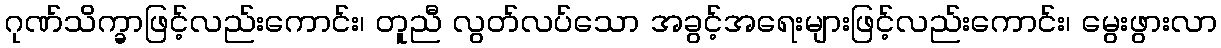
ဂုဏ်သိက္ခာဖြင့်လည်းကောင်း၊ တူညီ လွတ်လပ်သော အခွင့်အရေးများဖြင့်လည်းကောင်း၊ မွေးဖွားလာ